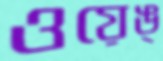
ওয়েঙ্